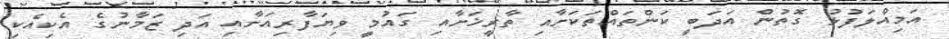
އަމިއްލަފުޅު ގޮތުން އަދަބީ ކަންތައްތަކަށާއި ތާރީޚަށާއި ގައުމީ ވިޔަފާރިއަށާއި އަދި ޒަމާނުގެ އެކިއެކި